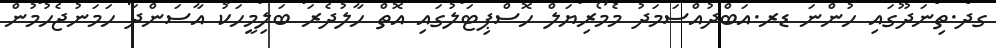
ގދ.ތިނަދޫގައި ހުންނަ ޑރ.އަބްދުއްސަމަދު މެމޯރިޔަލް ހޮސްޕިޓަލުގައި އޮތް ހާލުދެރަ ބަލިމީހަކު އާސަންދަ ހަމަނުުޖެހުމުން